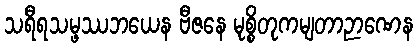
သရီရသမ္ဖဿဘယေန ဗီဇနေ မုစ္စိတုကမျတာဉာဏေန